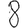
Digit: 8